Resolution. No. 1369 Ex.
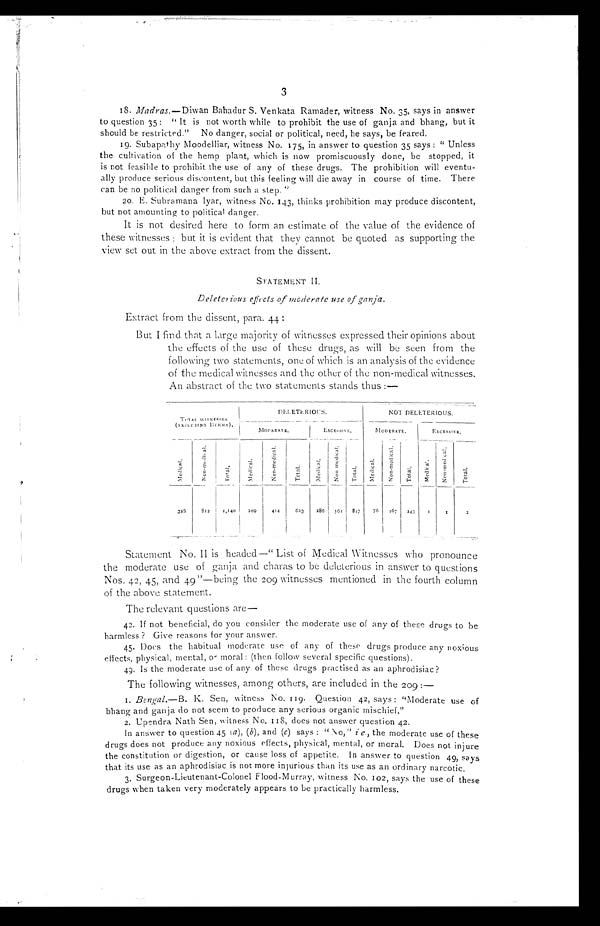
3
18. Madras.—Diwan Bahadur S. Venkata Ramader, witness No. 35, says in answer
to question 35 : "It is not worth while to prohibit the use of ganja and bhang, but it
should be restricted." No danger, social or political, need, he says, be feared.
19. Subapathy Moodelliar, witness No. 175, in answer to question 35 says : " Unless
the cultivation of the hemp plant, which is now promiscuously done, be stopped, it
is not feasible to prohibit the use of any of these drugs. The prohibition will eventu--
ally produce serious discontent, but this feeling will die away in course of time. There
can be no political danger from such a step. "
20. E. Subramana lyar, witness No. 143, thinks prohibition may produce discontent,
but not amounting to political danger.
It is not desired here to form an estimate of the value of the evidence of
these witnesses ; but it is evident that they cannot be quoted as supporting the
view set out in the above extract from the dissent.
STATEMENT II.
Deleterious effects of moderate use of ganja.
Extract from the dissent, P ara. 44
But I find that a large majority of witnesses expressed their opinions about
the effects of the use of these drugs, as will be seen from the
following two statements, one of which is an analysis of the evidence
of the medical witnesses and the other of the non-medical witnesses.
An abstract of the two statements stands thus :—
DELETERIOUS.
NOT DELETERIOUS.
TOTAL .WI I NESSES
( E X C L U D I N G B E R M A
MODERATE.
I
EXCESSIVE..
M0DERATE..
EXCESSIVS.
M e d i c a l
N o n
_ m e d i c a l
T o t a . l
M e d i c a l .
N o n - m e d i c a l .
T o t a l .
M e d i c a l
N o n M e d i c a l
_ T o t a l
M e d i c a l .
N o n - m e d i c a l
T o t a l . M e d i c a l .
N o n - m e d i c a l .
T o t a l .
328
812
1,140
209
414
623
286 561 847
76
167
243
1
1
2
Statement No. II is headed—" List of Medical Witnesses who pronounce
the moderate use of ganja and charas to be deleterious in answer to questions
Nos. 42, 45, and 49 "—being the 209 witnesses mentioned in the fourth column
of the above statement.
The relevant questions are
—
42.
If not beneficial, do you consider the moderate use of any of these drugs to he
harmless ? Give reasons for your answer.
45. Does the habitual moderate use of any of these drugs produce any noxious
effects, physical, mental, o moral : (then follow several specific questions).
49. Is the moderate use of any of these drugs practised as an aphrodisiac?
The following witnesses, among others, are included in the 209 :—
I. Bengal.—B. K. Sen, witness No. 119. Question 42, says: "Moderate use of
bhang and ganja do not seem to produce any serious organic mischief."
2. Upendra Nath Sen, witness No. I I8, does not answer question 42.
In answer to question 45 ( a), (b), and (c) says : " No," ie ., the moderate use of these
drugs does not produce any noxious effects, physical, mental, or moral. Does not injure
the constitution or digestion, or cause loss of appetite. In answer to question 49, says
that its use as an aphrodisiac is not more injurious than its use as an ordinary narcotic.
3. Surgeon-Lieutenant-Colonel Flood-Murray, witness No. 102, says the use of these
drugs when taken very moderately appears to be practically harmless.